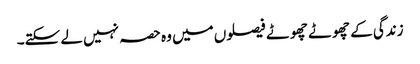
زندگی کے چھوٹے چھوٹے فیصلوں میں وہ حصہ نہیں لے سکتے۔